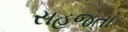
સહજતા